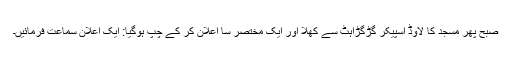
صبح پھر مسجد کا لاوڈ اسپیکر گڑگڑاہٹ سے کھلا اور ایک مختصر سا اعلان کر کے چُپ ہوگیا: ایک اعلان سماعت فرمائیں۔